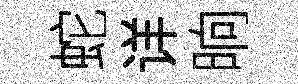
蛇详晌